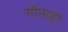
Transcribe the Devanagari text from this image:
गौनाहा